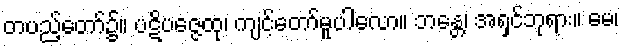
တပည့်တော်၌။ ပဋိပဇ္ဇေထု၊ ကျင့်တော်မူပါလော။ ဘန္တေ၊ အရှင်ဘုရား။ မေ၊